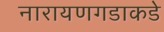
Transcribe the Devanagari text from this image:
नारायणगडाकडे